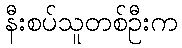
နီးစပ်သူတစ်ဦးက